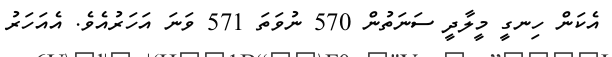
އެކަން ހިނގީ މީލާދީ ސަނަތުން 570 ނުވަތަ 571 ވަނަ އަހަރުއެވެ. އެއަހަރު